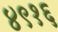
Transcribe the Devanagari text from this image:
४९१६